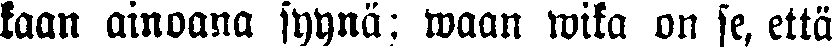
kaan ainoana syynä; waan wika on se, että